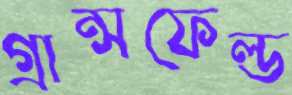
গ্রান্সফেল্ড